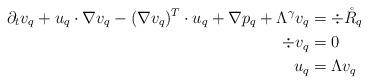
LaTeX: \begin{align*}\partial_t v_q + u_q \cdot \nabla v_q - (\nabla v_q)^T \cdot u_q + \nabla p_q + \Lambda^\gamma v_q &= \div \mathring R_q \\\div v_q &=0 \\u_q &= \Lambda v_q\end{align*}